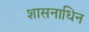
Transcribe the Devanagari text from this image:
शासनाधिन